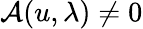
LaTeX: \mathcal{A}(u,\lambda)\neq 0